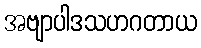
အဗျာပါဒသဟဂတာယ